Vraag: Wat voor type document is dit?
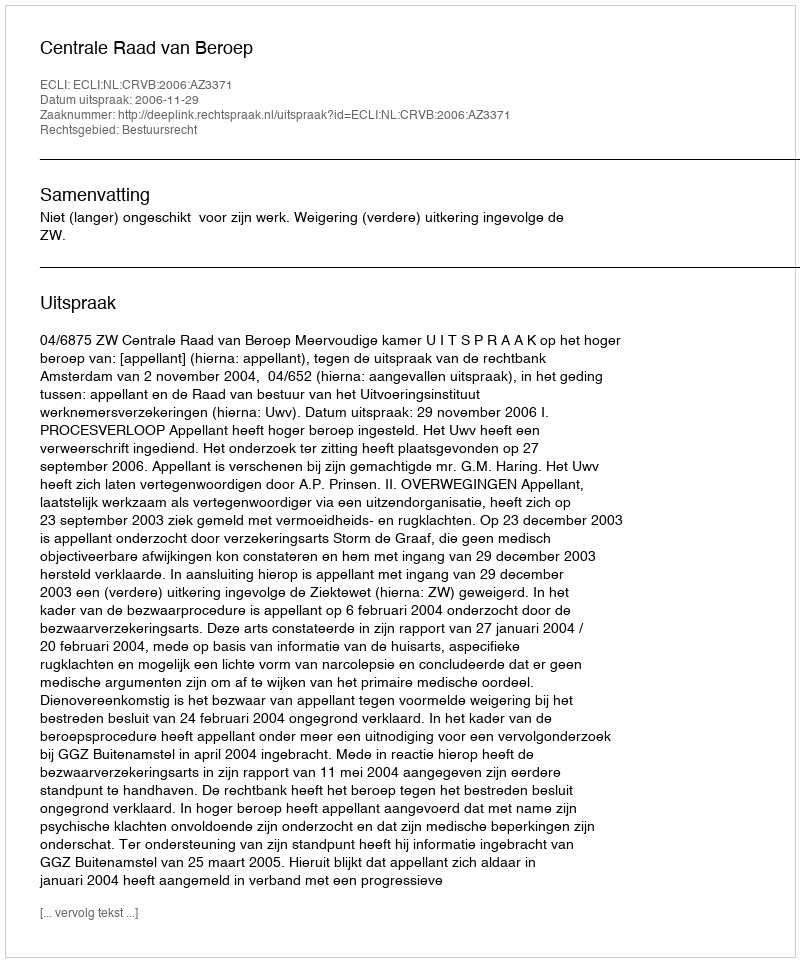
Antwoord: Uitspraak